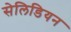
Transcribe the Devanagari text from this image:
सेलिडियन